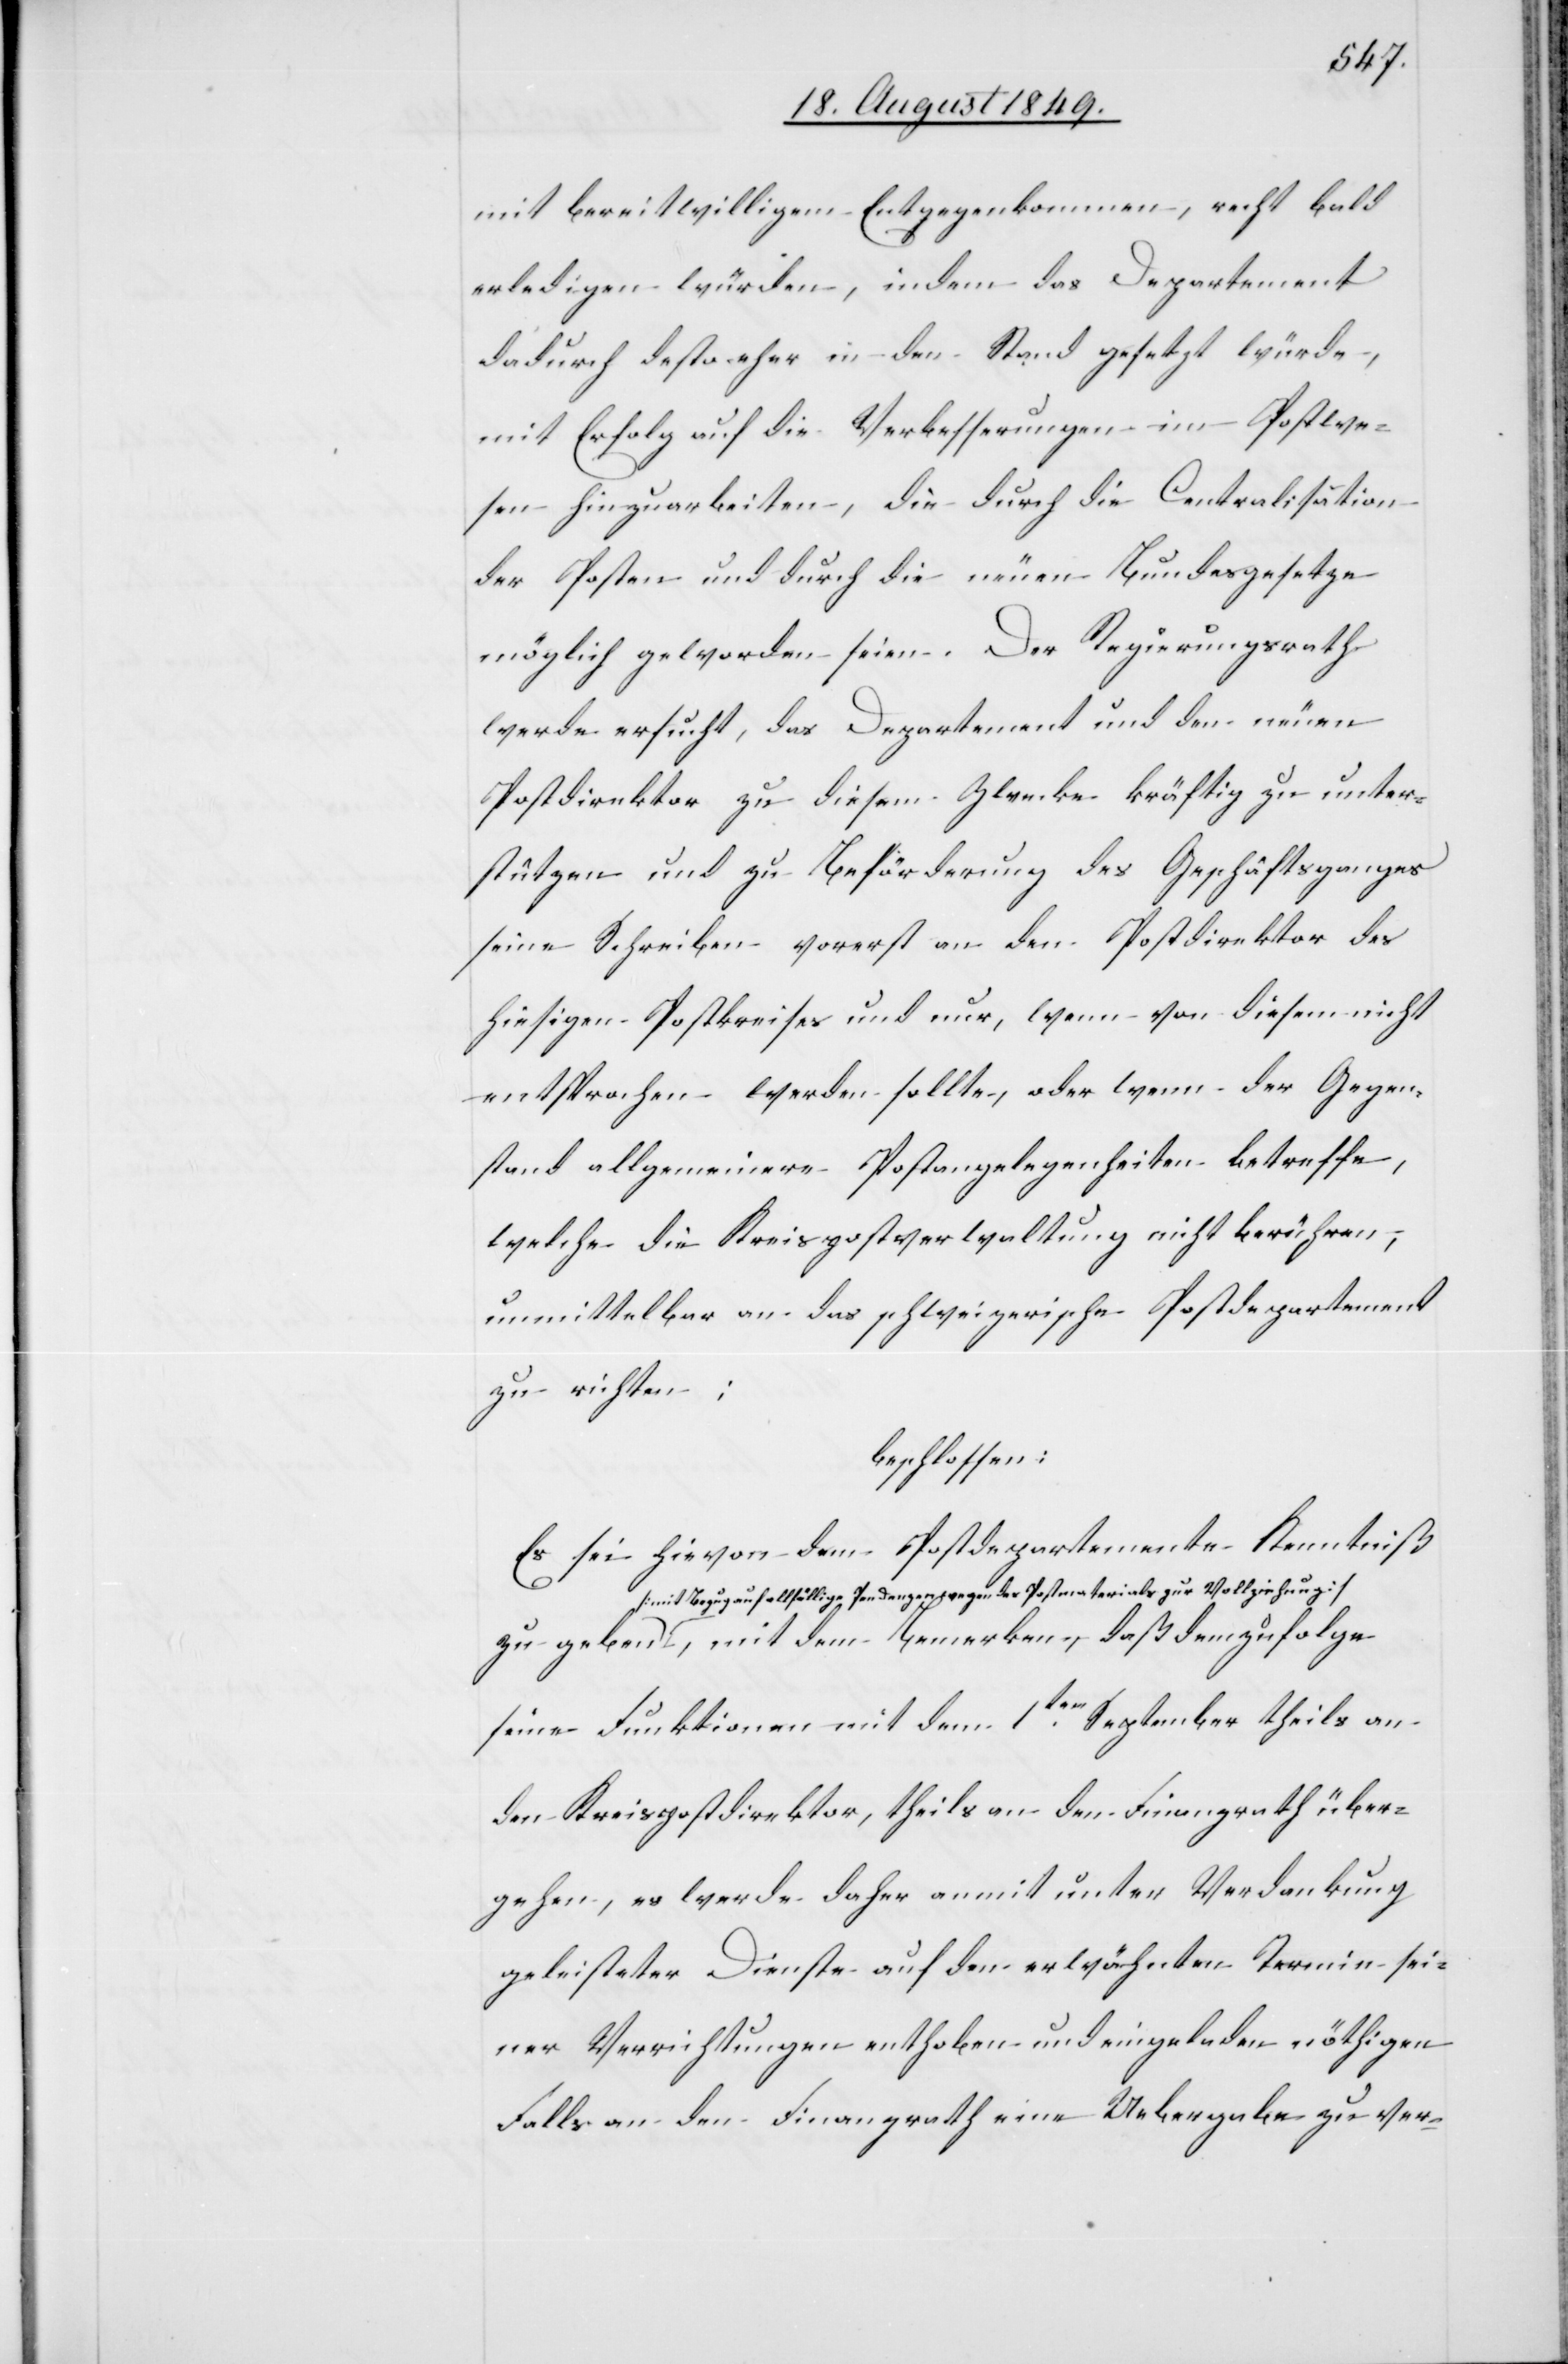
mit bereitwilligem Entgegenkommen, recht bald
erledigen würden, indem das Departement
dadurch desto eher in den Stand gesetzt würde,
mit Erfolg auf die Verbesserungen im Postwe¬
sen hinzuarbeiten, die durch die Centralisation
der Posten und durch die neuen Bundesgesetze
möglich geworden seien. Der Regierungsrath
werde ersucht, das Departement und den neuen
Postdirektor zu diesem Zwecke kräftig zu unter¬
stützen und zu Beförderung des Geschäftsganges
seine Schreiben vorerst an den Postdirektor des
hiesigen Postkreises und nur, wenn von diesem nicht
entsprochen werden sollte, oder wenn der Gegen¬
stand allgemeinere Postangelegenheiten betreffe,
welche die Kreispostverwaltung nicht berühren,
unmittelbar an das schweizerische Postdepartement
zu richten;
beschlossen:
Es sei hievon dem Postdepartemente Kenntniß
[mit Bezug auf allfällige Pendenzen wegen des Postmaterials zur Vollziehung],
seine Funktionen mit dem 1ten September theils an
den Kreispostdirektor, theils an den Finanzrath über¬
gehen, es werde daher anmit unter Verdankung
geleisteter Dienste auf den erwähnten Termin sei¬
ner Verrichtungen enthoben und eingeladen nöthigen
Falls an den Finanzrath eine Uebergabe zu ver-